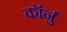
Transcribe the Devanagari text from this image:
कॉर्नु